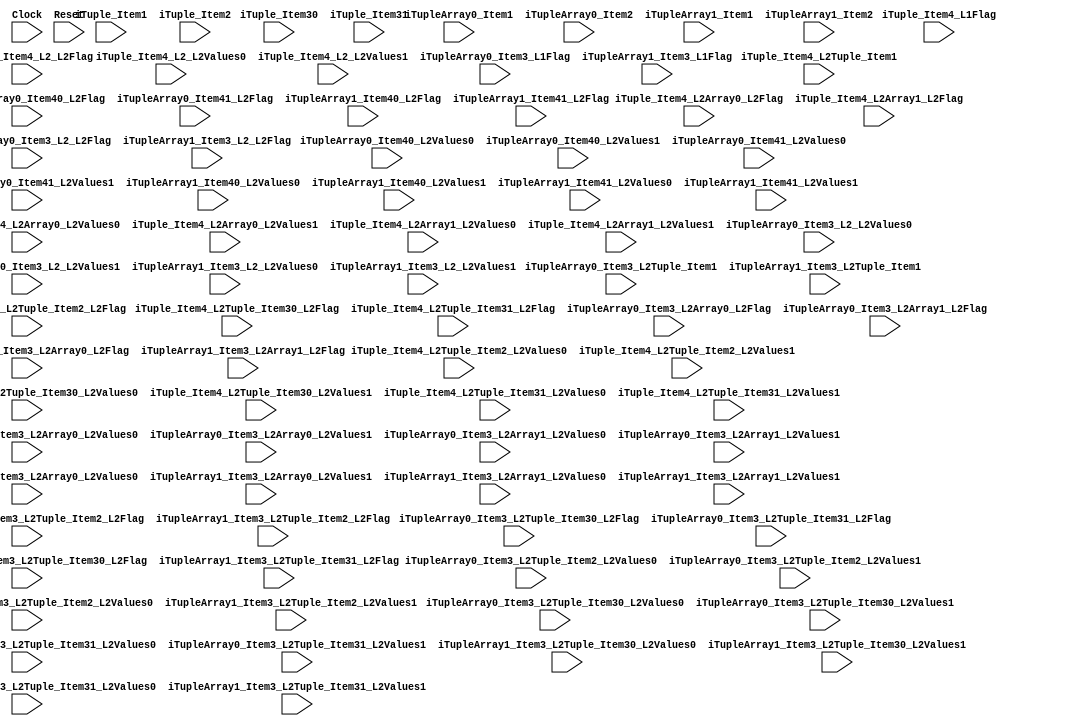
`timescale 1ns/1ps
`default_nettype none
// PLEASE READ THIS, IT MAY SAVE YOU SOME TIME AND MONEY, THANK YOU!
// * This file was generated by Quokka FPGA Toolkit.
// * Generated code is your property, do whatever you want with it
// * Place custom code between [BEGIN USER ***] and [END USER ***].
// * CAUTION: All code outside of [USER] scope is subject to regeneration.
// * Bad things happen sometimes in developer's life,
//   it is recommended to use source control management software (e.g. git, bzr etc) to keep your custom code safe'n'sound.
// * Internal structure of code is subject to change.
//   You can use some of signals in custom code, but most likely they will not exist in future (e.g. will get shorter or gone completely)
// * Please send your feedback, comments, improvement ideas etc. to evmuryshkin@gmail.com
// * Visit https://github.com/EvgenyMuryshkin/QuokkaEvaluation to access latest version of playground
//
// DISCLAIMER:
//   Code comes AS-IS, it is your responsibility to make sure it is working as expected
//   no responsibility will be taken for any loss or damage caused by use of Quokka toolkit.
//
// System configuration name is IOTupleModule_TopLevel, clock frequency is 1Hz, Top-level
// FSM summary
// -- Packages
module IOTupleModule_TopLevel
(
	// [BEGIN USER PORTS]
	// [END USER PORTS]
	input wire Clock,
	input wire Reset,
	input wire iTuple_Item1,
	input wire [7:0] iTuple_Item2,
	input wire [3:0] iTuple_Item30,
	input wire [3:0] iTuple_Item31,
	input wire iTuple_Item4_L1Flag,
	input wire iTuple_Item4_L2_L2Flag,
	input wire iTuple_Item4_L2_L2Values0,
	input wire iTuple_Item4_L2_L2Values1,
	input wire iTuple_Item4_L2Array0_L2Flag,
	input wire [2:0] iTuple_Item4_L2Array0_L2Values0,
	input wire [2:0] iTuple_Item4_L2Array0_L2Values1,
	input wire iTuple_Item4_L2Array1_L2Flag,
	input wire [2:0] iTuple_Item4_L2Array1_L2Values0,
	input wire [2:0] iTuple_Item4_L2Array1_L2Values1,
	input wire [7:0] iTuple_Item4_L2Tuple_Item1,
	input wire iTuple_Item4_L2Tuple_Item2_L2Flag,
	input wire iTuple_Item4_L2Tuple_Item2_L2Values0,
	input wire iTuple_Item4_L2Tuple_Item2_L2Values1,
	input wire iTuple_Item4_L2Tuple_Item30_L2Flag,
	input wire [2:0] iTuple_Item4_L2Tuple_Item30_L2Values0,
	input wire [2:0] iTuple_Item4_L2Tuple_Item30_L2Values1,
	input wire iTuple_Item4_L2Tuple_Item31_L2Flag,
	input wire [2:0] iTuple_Item4_L2Tuple_Item31_L2Values0,
	input wire [2:0] iTuple_Item4_L2Tuple_Item31_L2Values1,
	input wire iTupleArray0_Item1,
	input wire [3:0] iTupleArray0_Item2,
	input wire iTupleArray0_Item3_L1Flag,
	input wire iTupleArray0_Item3_L2_L2Flag,
	input wire iTupleArray0_Item3_L2_L2Values0,
	input wire iTupleArray0_Item3_L2_L2Values1,
	input wire iTupleArray0_Item3_L2Array0_L2Flag,
	input wire [2:0] iTupleArray0_Item3_L2Array0_L2Values0,
	input wire [2:0] iTupleArray0_Item3_L2Array0_L2Values1,
	input wire iTupleArray0_Item3_L2Array1_L2Flag,
	input wire [2:0] iTupleArray0_Item3_L2Array1_L2Values0,
	input wire [2:0] iTupleArray0_Item3_L2Array1_L2Values1,
	input wire [7:0] iTupleArray0_Item3_L2Tuple_Item1,
	input wire iTupleArray0_Item3_L2Tuple_Item2_L2Flag,
	input wire iTupleArray0_Item3_L2Tuple_Item2_L2Values0,
	input wire iTupleArray0_Item3_L2Tuple_Item2_L2Values1,
	input wire iTupleArray0_Item3_L2Tuple_Item30_L2Flag,
	input wire [2:0] iTupleArray0_Item3_L2Tuple_Item30_L2Values0,
	input wire [2:0] iTupleArray0_Item3_L2Tuple_Item30_L2Values1,
	input wire iTupleArray0_Item3_L2Tuple_Item31_L2Flag,
	input wire [2:0] iTupleArray0_Item3_L2Tuple_Item31_L2Values0,
	input wire [2:0] iTupleArray0_Item3_L2Tuple_Item31_L2Values1,
	input wire iTupleArray0_Item40_L2Flag,
	input wire iTupleArray0_Item40_L2Values0,
	input wire iTupleArray0_Item40_L2Values1,
	input wire iTupleArray0_Item41_L2Flag,
	input wire iTupleArray0_Item41_L2Values0,
	input wire iTupleArray0_Item41_L2Values1,
	input wire iTupleArray1_Item1,
	input wire [3:0] iTupleArray1_Item2,
	input wire iTupleArray1_Item3_L1Flag,
	input wire iTupleArray1_Item3_L2_L2Flag,
	input wire iTupleArray1_Item3_L2_L2Values0,
	input wire iTupleArray1_Item3_L2_L2Values1,
	input wire iTupleArray1_Item3_L2Array0_L2Flag,
	input wire [2:0] iTupleArray1_Item3_L2Array0_L2Values0,
	input wire [2:0] iTupleArray1_Item3_L2Array0_L2Values1,
	input wire iTupleArray1_Item3_L2Array1_L2Flag,
	input wire [2:0] iTupleArray1_Item3_L2Array1_L2Values0,
	input wire [2:0] iTupleArray1_Item3_L2Array1_L2Values1,
	input wire [7:0] iTupleArray1_Item3_L2Tuple_Item1,
	input wire iTupleArray1_Item3_L2Tuple_Item2_L2Flag,
	input wire iTupleArray1_Item3_L2Tuple_Item2_L2Values0,
	input wire iTupleArray1_Item3_L2Tuple_Item2_L2Values1,
	input wire iTupleArray1_Item3_L2Tuple_Item30_L2Flag,
	input wire [2:0] iTupleArray1_Item3_L2Tuple_Item30_L2Values0,
	input wire [2:0] iTupleArray1_Item3_L2Tuple_Item30_L2Values1,
	input wire iTupleArray1_Item3_L2Tuple_Item31_L2Flag,
	input wire [2:0] iTupleArray1_Item3_L2Tuple_Item31_L2Values0,
	input wire [2:0] iTupleArray1_Item3_L2Tuple_Item31_L2Values1,
	input wire iTupleArray1_Item40_L2Flag,
	input wire iTupleArray1_Item40_L2Values0,
	input wire iTupleArray1_Item40_L2Values1,
	input wire iTupleArray1_Item41_L2Flag,
	input wire iTupleArray1_Item41_L2Values0,
	input wire iTupleArray1_Item41_L2Values1
);
	// [BEGIN USER SIGNALS]
	// [END USER SIGNALS]
	localparam HiSignal = 1'b1;
	localparam LoSignal = 1'b0;
	wire Zero = 1'b0;
	wire One = 1'b1;
	wire true = 1'b1;
	wire false = 1'b0;
	wire Inputs_iTuple_Item1;
	wire [7: 0] Inputs_iTuple_Item2;
	wire Inputs_iTuple_Item4_L1Flag;
	wire Inputs_iTuple_Item4_L2_L2Flag;
	wire [7: 0] Inputs_iTuple_Item4_L2Tuple_Item1;
	wire Inputs_iTuple_Item4_L2Tuple_Item2_L2Flag;
	wire [3 : 0] Inputs_iTuple_Item3 [0 : 1];
	wire Inputs_iTuple_Item4_L2_L2Values [0 : 1];
	wire [6 : 0] Inputs_iTuple_Item4_L2Array [0 : 1];
	wire Inputs_iTuple_Item4_L2Tuple_Item2_L2Values [0 : 1];
	wire [6 : 0] Inputs_iTuple_Item4_L2Tuple_Item3 [0 : 1];
	wire [53 : 0] Inputs_iTupleArray [0 : 1];
	assign Inputs_iTuple_Item1 = iTuple_Item1;
	assign Inputs_iTuple_Item2 = iTuple_Item2;
	assign Inputs_iTuple_Item3[0] = iTuple_Item30;
	assign Inputs_iTuple_Item3[1] = iTuple_Item31;
	assign Inputs_iTuple_Item4_L1Flag = iTuple_Item4_L1Flag;
	assign Inputs_iTuple_Item4_L2_L2Flag = iTuple_Item4_L2_L2Flag;
	assign Inputs_iTuple_Item4_L2_L2Values[0] = iTuple_Item4_L2_L2Values0;
	assign Inputs_iTuple_Item4_L2_L2Values[1] = iTuple_Item4_L2_L2Values1;
	assign Inputs_iTuple_Item4_L2Array[0][6:4] = iTuple_Item4_L2Array0_L2Values1;
	assign Inputs_iTuple_Item4_L2Array[0][3:1] = iTuple_Item4_L2Array0_L2Values0;
	assign Inputs_iTuple_Item4_L2Array[0][0] = iTuple_Item4_L2Array0_L2Flag;
	assign Inputs_iTuple_Item4_L2Array[1][6:4] = iTuple_Item4_L2Array1_L2Values1;
	assign Inputs_iTuple_Item4_L2Array[1][3:1] = iTuple_Item4_L2Array1_L2Values0;
	assign Inputs_iTuple_Item4_L2Array[1][0] = iTuple_Item4_L2Array1_L2Flag;
	assign Inputs_iTuple_Item4_L2Tuple_Item1 = iTuple_Item4_L2Tuple_Item1;
	assign Inputs_iTuple_Item4_L2Tuple_Item2_L2Flag = iTuple_Item4_L2Tuple_Item2_L2Flag;
	assign Inputs_iTuple_Item4_L2Tuple_Item2_L2Values[0] = iTuple_Item4_L2Tuple_Item2_L2Values0;
	assign Inputs_iTuple_Item4_L2Tuple_Item2_L2Values[1] = iTuple_Item4_L2Tuple_Item2_L2Values1;
	assign Inputs_iTuple_Item4_L2Tuple_Item3[0][6:4] = iTuple_Item4_L2Tuple_Item30_L2Values1;
	assign Inputs_iTuple_Item4_L2Tuple_Item3[0][3:1] = iTuple_Item4_L2Tuple_Item30_L2Values0;
	assign Inputs_iTuple_Item4_L2Tuple_Item3[0][0] = iTuple_Item4_L2Tuple_Item30_L2Flag;
	assign Inputs_iTuple_Item4_L2Tuple_Item3[1][6:4] = iTuple_Item4_L2Tuple_Item31_L2Values1;
	assign Inputs_iTuple_Item4_L2Tuple_Item3[1][3:1] = iTuple_Item4_L2Tuple_Item31_L2Values0;
	assign Inputs_iTuple_Item4_L2Tuple_Item3[1][0] = iTuple_Item4_L2Tuple_Item31_L2Flag;
	assign Inputs_iTupleArray[0][53] = iTupleArray0_Item1;
	assign Inputs_iTupleArray[0][52:49] = iTupleArray0_Item2;
	assign Inputs_iTupleArray[0][48:41] = iTupleArray0_Item3_L2Tuple_Item1;
	assign Inputs_iTupleArray[0][40] = iTupleArray0_Item3_L2Tuple_Item2_L2Values1;
	assign Inputs_iTupleArray[0][39] = iTupleArray0_Item3_L2Tuple_Item2_L2Values0;
	assign Inputs_iTupleArray[0][38] = iTupleArray0_Item3_L2Tuple_Item2_L2Flag;
	assign Inputs_iTupleArray[0][37:35] = iTupleArray0_Item3_L2Tuple_Item31_L2Values1;
	assign Inputs_iTupleArray[0][34:32] = iTupleArray0_Item3_L2Tuple_Item31_L2Values0;
	assign Inputs_iTupleArray[0][31] = iTupleArray0_Item3_L2Tuple_Item31_L2Flag;
	assign Inputs_iTupleArray[0][30:28] = iTupleArray0_Item3_L2Tuple_Item30_L2Values1;
	assign Inputs_iTupleArray[0][27:25] = iTupleArray0_Item3_L2Tuple_Item30_L2Values0;
	assign Inputs_iTupleArray[0][24] = iTupleArray0_Item3_L2Tuple_Item30_L2Flag;
	assign Inputs_iTupleArray[0][23:21] = iTupleArray0_Item3_L2Array1_L2Values1;
	assign Inputs_iTupleArray[0][20:18] = iTupleArray0_Item3_L2Array1_L2Values0;
	assign Inputs_iTupleArray[0][17] = iTupleArray0_Item3_L2Array1_L2Flag;
	assign Inputs_iTupleArray[0][16:14] = iTupleArray0_Item3_L2Array0_L2Values1;
	assign Inputs_iTupleArray[0][13:11] = iTupleArray0_Item3_L2Array0_L2Values0;
	assign Inputs_iTupleArray[0][10] = iTupleArray0_Item3_L2Array0_L2Flag;
	assign Inputs_iTupleArray[0][9] = iTupleArray0_Item3_L2_L2Values1;
	assign Inputs_iTupleArray[0][8] = iTupleArray0_Item3_L2_L2Values0;
	assign Inputs_iTupleArray[0][7] = iTupleArray0_Item3_L2_L2Flag;
	assign Inputs_iTupleArray[0][6] = iTupleArray0_Item3_L1Flag;
	assign Inputs_iTupleArray[0][5] = iTupleArray0_Item41_L2Values1;
	assign Inputs_iTupleArray[0][4] = iTupleArray0_Item41_L2Values0;
	assign Inputs_iTupleArray[0][3] = iTupleArray0_Item41_L2Flag;
	assign Inputs_iTupleArray[0][2] = iTupleArray0_Item40_L2Values1;
	assign Inputs_iTupleArray[0][1] = iTupleArray0_Item40_L2Values0;
	assign Inputs_iTupleArray[0][0] = iTupleArray0_Item40_L2Flag;
	assign Inputs_iTupleArray[1][53] = iTupleArray1_Item1;
	assign Inputs_iTupleArray[1][52:49] = iTupleArray1_Item2;
	assign Inputs_iTupleArray[1][48:41] = iTupleArray1_Item3_L2Tuple_Item1;
	assign Inputs_iTupleArray[1][40] = iTupleArray1_Item3_L2Tuple_Item2_L2Values1;
	assign Inputs_iTupleArray[1][39] = iTupleArray1_Item3_L2Tuple_Item2_L2Values0;
	assign Inputs_iTupleArray[1][38] = iTupleArray1_Item3_L2Tuple_Item2_L2Flag;
	assign Inputs_iTupleArray[1][37:35] = iTupleArray1_Item3_L2Tuple_Item31_L2Values1;
	assign Inputs_iTupleArray[1][34:32] = iTupleArray1_Item3_L2Tuple_Item31_L2Values0;
	assign Inputs_iTupleArray[1][31] = iTupleArray1_Item3_L2Tuple_Item31_L2Flag;
	assign Inputs_iTupleArray[1][30:28] = iTupleArray1_Item3_L2Tuple_Item30_L2Values1;
	assign Inputs_iTupleArray[1][27:25] = iTupleArray1_Item3_L2Tuple_Item30_L2Values0;
	assign Inputs_iTupleArray[1][24] = iTupleArray1_Item3_L2Tuple_Item30_L2Flag;
	assign Inputs_iTupleArray[1][23:21] = iTupleArray1_Item3_L2Array1_L2Values1;
	assign Inputs_iTupleArray[1][20:18] = iTupleArray1_Item3_L2Array1_L2Values0;
	assign Inputs_iTupleArray[1][17] = iTupleArray1_Item3_L2Array1_L2Flag;
	assign Inputs_iTupleArray[1][16:14] = iTupleArray1_Item3_L2Array0_L2Values1;
	assign Inputs_iTupleArray[1][13:11] = iTupleArray1_Item3_L2Array0_L2Values0;
	assign Inputs_iTupleArray[1][10] = iTupleArray1_Item3_L2Array0_L2Flag;
	assign Inputs_iTupleArray[1][9] = iTupleArray1_Item3_L2_L2Values1;
	assign Inputs_iTupleArray[1][8] = iTupleArray1_Item3_L2_L2Values0;
	assign Inputs_iTupleArray[1][7] = iTupleArray1_Item3_L2_L2Flag;
	assign Inputs_iTupleArray[1][6] = iTupleArray1_Item3_L1Flag;
	assign Inputs_iTupleArray[1][5] = iTupleArray1_Item41_L2Values1;
	assign Inputs_iTupleArray[1][4] = iTupleArray1_Item41_L2Values0;
	assign Inputs_iTupleArray[1][3] = iTupleArray1_Item41_L2Flag;
	assign Inputs_iTupleArray[1][2] = iTupleArray1_Item40_L2Values1;
	assign Inputs_iTupleArray[1][1] = iTupleArray1_Item40_L2Values0;
	assign Inputs_iTupleArray[1][0] = iTupleArray1_Item40_L2Flag;
	// [BEGIN USER ARCHITECTURE]
	// [END USER ARCHITECTURE]
endmodule